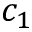
c _ { 1 }